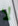
لا